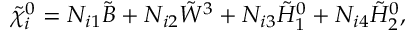
\tilde { \chi } _ { i } ^ { 0 } = N _ { i 1 } \tilde { B } + N _ { i 2 } \tilde { W } ^ { 3 } + N _ { i 3 } \tilde { H } _ { 1 } ^ { 0 } + N _ { i 4 } \tilde { H } _ { 2 } ^ { 0 } ,